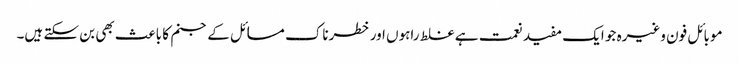
موبائل فون وغیرہ جو ایک مفید نعمت ہے غلط راہوں اور خطرناک مسائل کے جنم کا باعث بھی بن سکتے ہیں۔